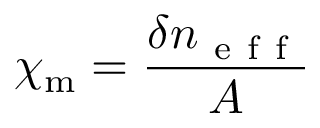
\chi _ { \mathrm { m } } = \frac { \delta n _ { \mathrm { ~ e ~ f ~ f ~ } } } { A }